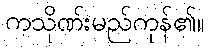
ကသိုဏ်းမည်ကုန်၏။